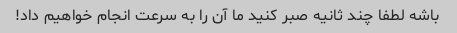
باشه لطفا چند ثانیه صبر کنید ما آن را به سرعت انجام خواهیم داد!